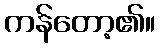
ကန်တော့၏။